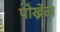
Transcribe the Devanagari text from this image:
पोख्रेल